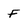
Character: f